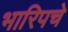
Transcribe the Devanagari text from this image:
भारिपचे